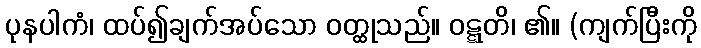
ပုနပါကံ၊ ထပ်၍ချက်အပ်သော ဝတ္ထုသည်။ ဝဋ္ဋတိ၊ ၏။ (ကျက်ပြီးကို